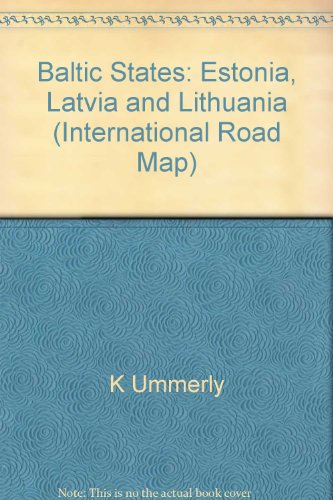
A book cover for Baltic States: Estonia, Latvia and Lithuania (International Road Map) (German Edition); K Ummerly; Travel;